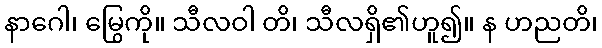
နာဂေါ၊ မြွေကို။ သီလဝါ တိ၊ သီလရှိ၏ဟူ၍။ န ဟညတိ၊